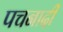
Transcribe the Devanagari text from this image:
पचनादी